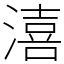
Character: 㵙